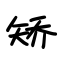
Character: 矫